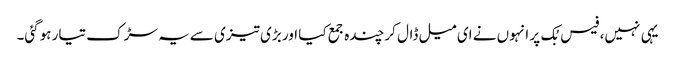
یہی نہیں، فیس بُک پر انہوں نے ای میل ڈال کر چندہ جمع کیا اور بڑی تیزی سے یہ سڑک تیار ہوگئی۔